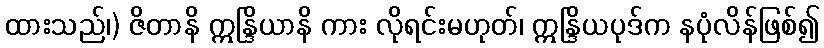
ထားသည်၊) ဇိတာနိ ဣန္ဒြိယာနိ ကား လိုရင်းမဟုတ်၊ ဣန္ဒြိယပုဒ်က နပုံလိန်ဖြစ်၍